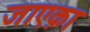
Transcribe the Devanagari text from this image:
जाएक़ा